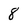
Character: 8